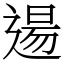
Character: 逿